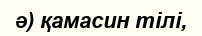
ә) қамасин тілі,